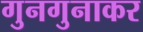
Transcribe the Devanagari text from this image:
गुनगुनाकर